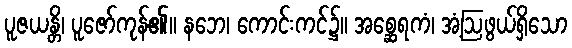
ပူဇယန္တိ၊ ပူဇော်ကုန်၏။ နဘေ၊ ကောင်းကင်၌။ အစ္ဆေရကံ၊ အံ့ဩဖွယ်ရှိသော